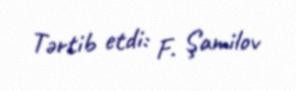
Tərtib etdi: F. Şamilov